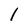
Character: l